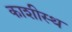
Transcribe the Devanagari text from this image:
काशीस्थ